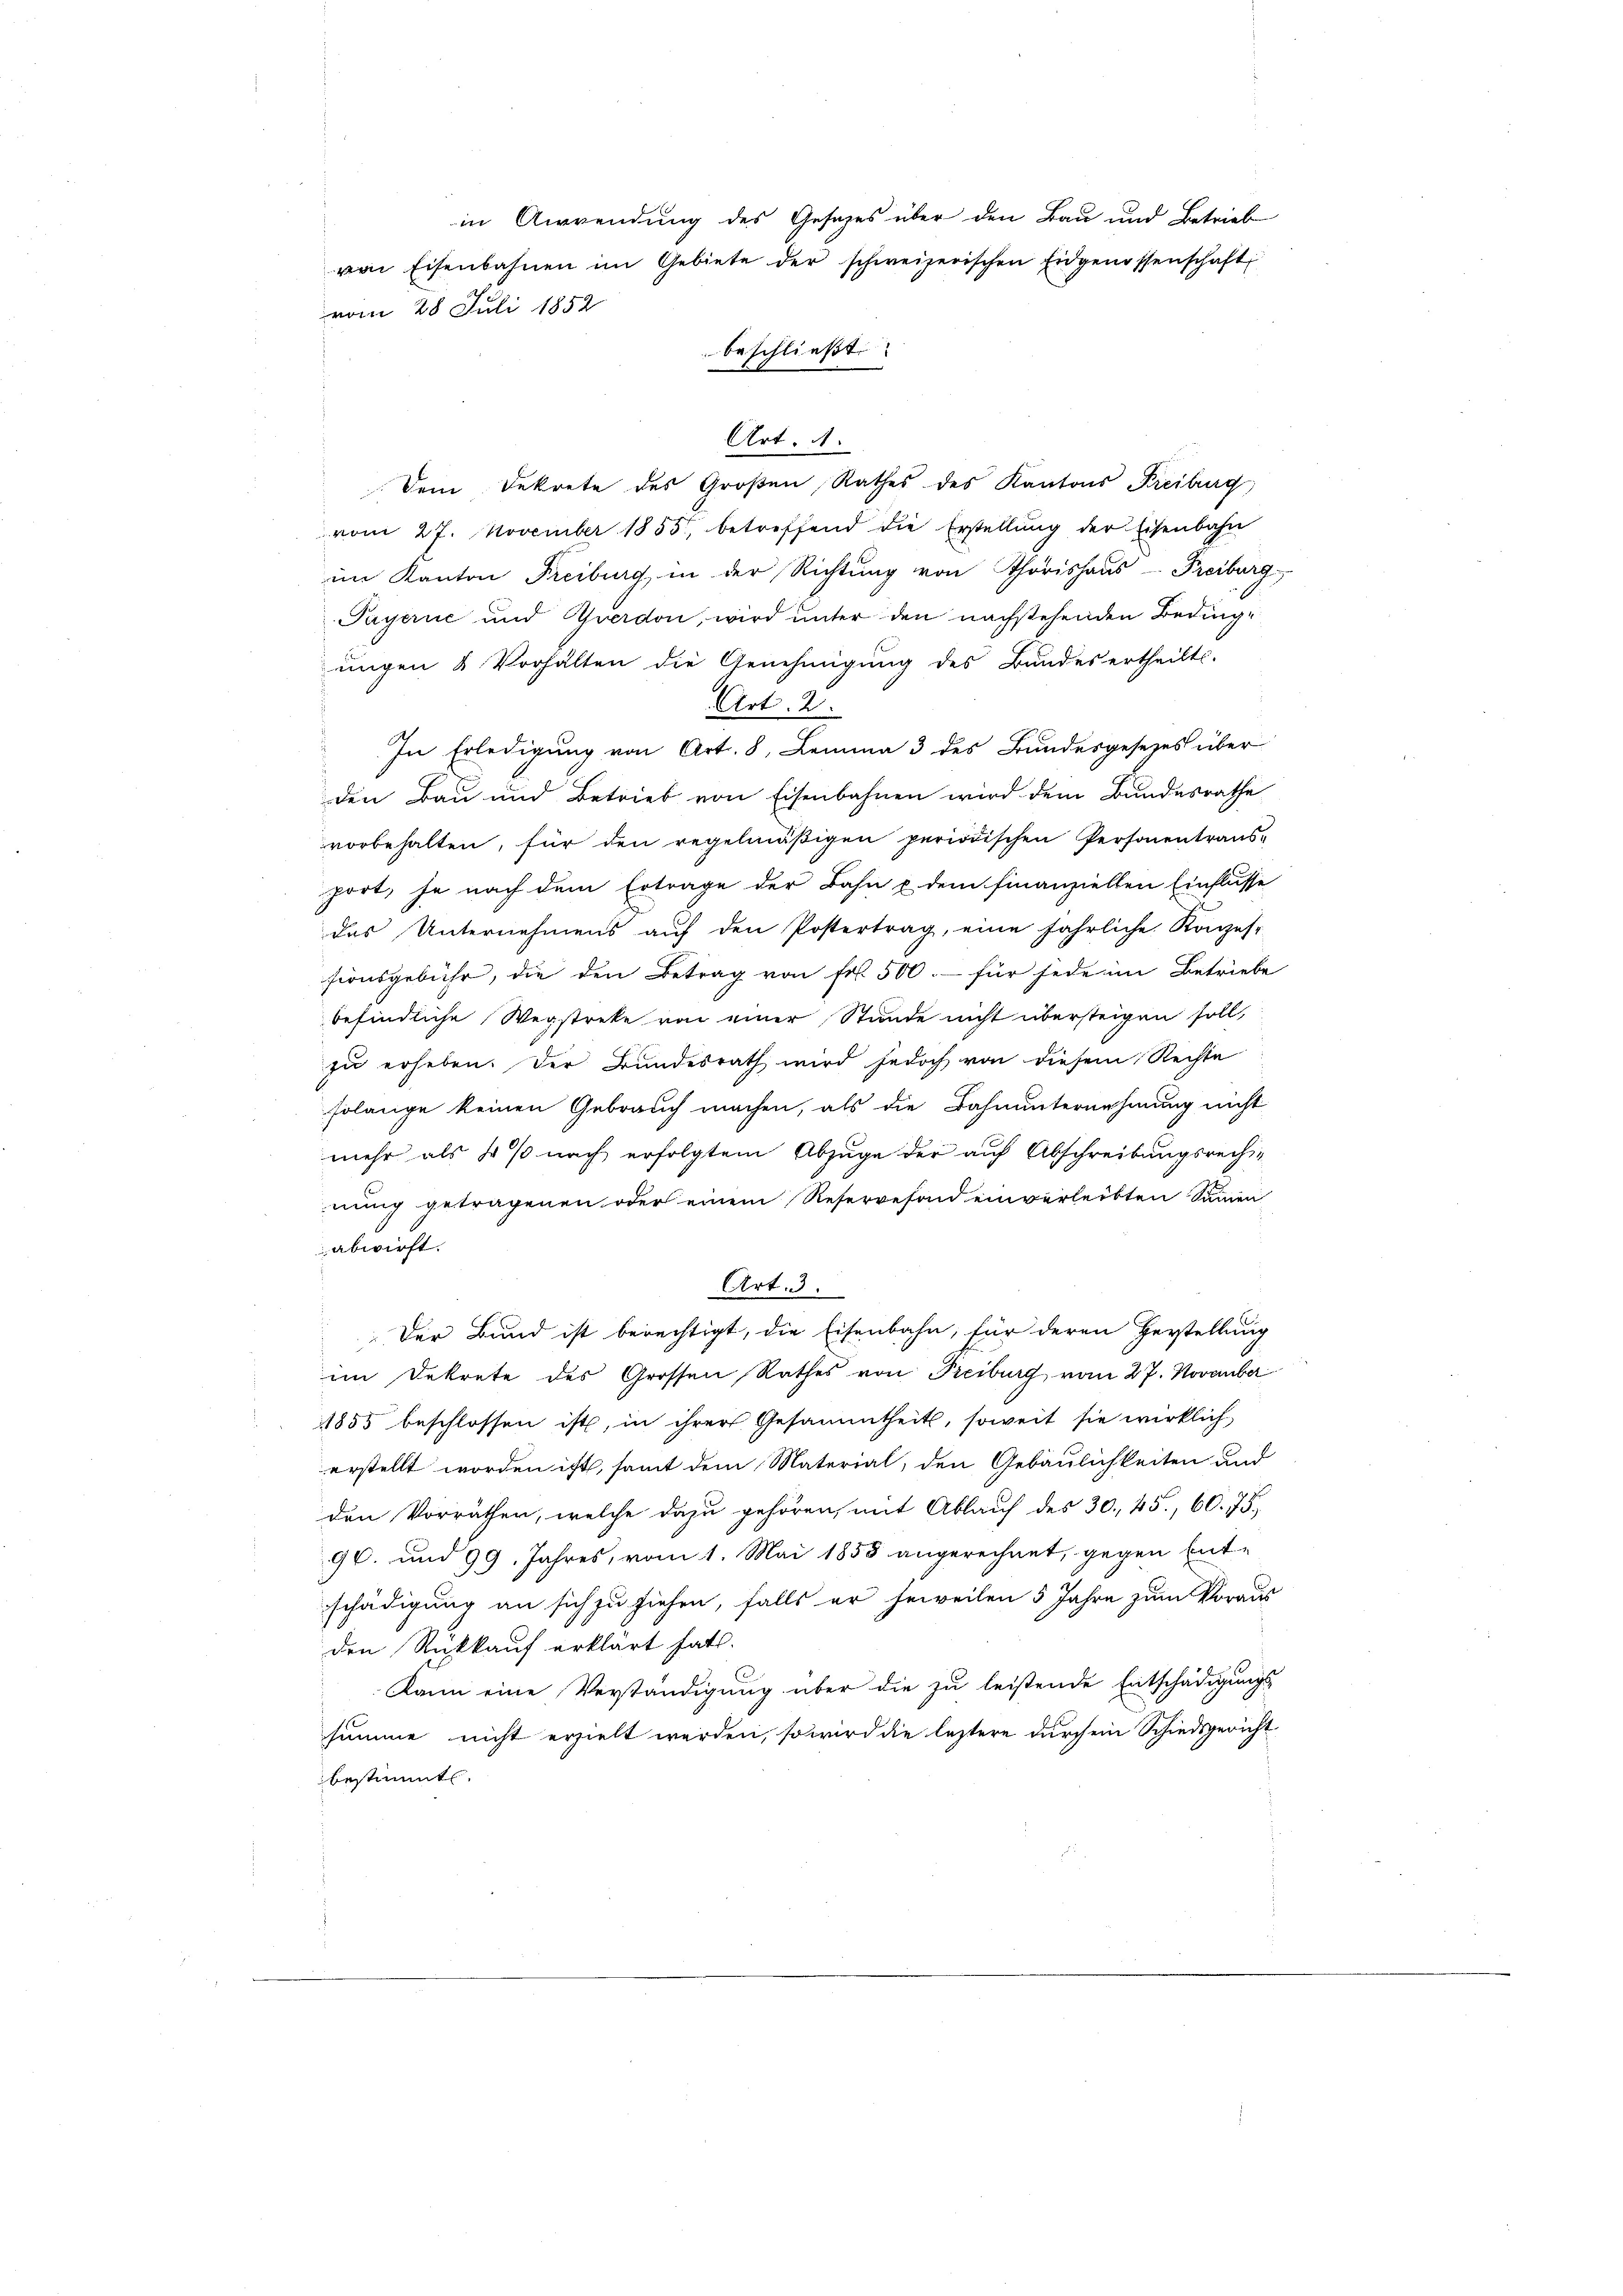
in Anwendung des Gesetzes über den Bau und Betrieb
von Eisenbahnen im Gebiete der schweizerischen Eidgenossenschaft
vom 28 Juli 1852
beschließt:

Art. 4
Dem Dekrete des Großen Rathes des Kantons Freiburg
vom 27. November 1855, betreffend die Erstellŭng der Eisenbahn
im Kanton Freiburg in der Richtung von Thorishaus - Freiburg
Payerne und Yverdon, wird unter den nachstehenden Bedinguungen & Vorhalten die Genehmigung des Bundes ertheilt.
Art. 2.
In Erledigung von Art. 8, Lemma 3 des Bundesgesezes über
den Bau und Betrieb von Eisenbahnen wird dem Bundesrathe
vorbehalten, für den regelmäβigen periodischen Personentrans-
port, je nach dem Ertrage der Bahn u. dem finanziellen Einflusse
das Unternehmens auf den Postertrag, eine jährliche Konzes-
sionsgebühr, die den Betrag von Fr. 500.- für jede im Betriebe
befindliche Wegstreke von einer Stunde nicht übersteigen soll,
zu erheben. Der Bundesrath wird jedoch von diesem Rechte
solange keinen Gebrauch machen, als die Bahnunternehmung nicht
mehr als so so nach erfolgtem Abzuge der auf Abschreibungsrecht
nung getragenen oder einem Reservefond einverleibten Sammen
abwirft.
Art. 3.
 Der Bund ist berechtigt, die Eisenbahn, für deren Herstellung
im Dekrete des Grossen Rathes von Freiburg vom 27. November
1855 beschlossen ist, in ihrer Gesammtheits, soweit sie wirklich,
erstellt worden ist, samt dem Material, den Gebäulichkeiten und
den Vorräthen, welche dazu gehören, mit Ablauf des 30. 45, 60. 75,
96. und 99. Jahres, vom 1. Mai 1858 angerechnet, gegen Ent-
schädigung an sich zu ziehen, falls er jeweilen 5 Jahre zum Voraus
den Rückkauf erklärt hat.
Kann eine Verständigung über die zu leistende Entschädigungs-
summe nicht erzielt werden, so wird die letztere durch ein Schiedsgericht
bestimmt.